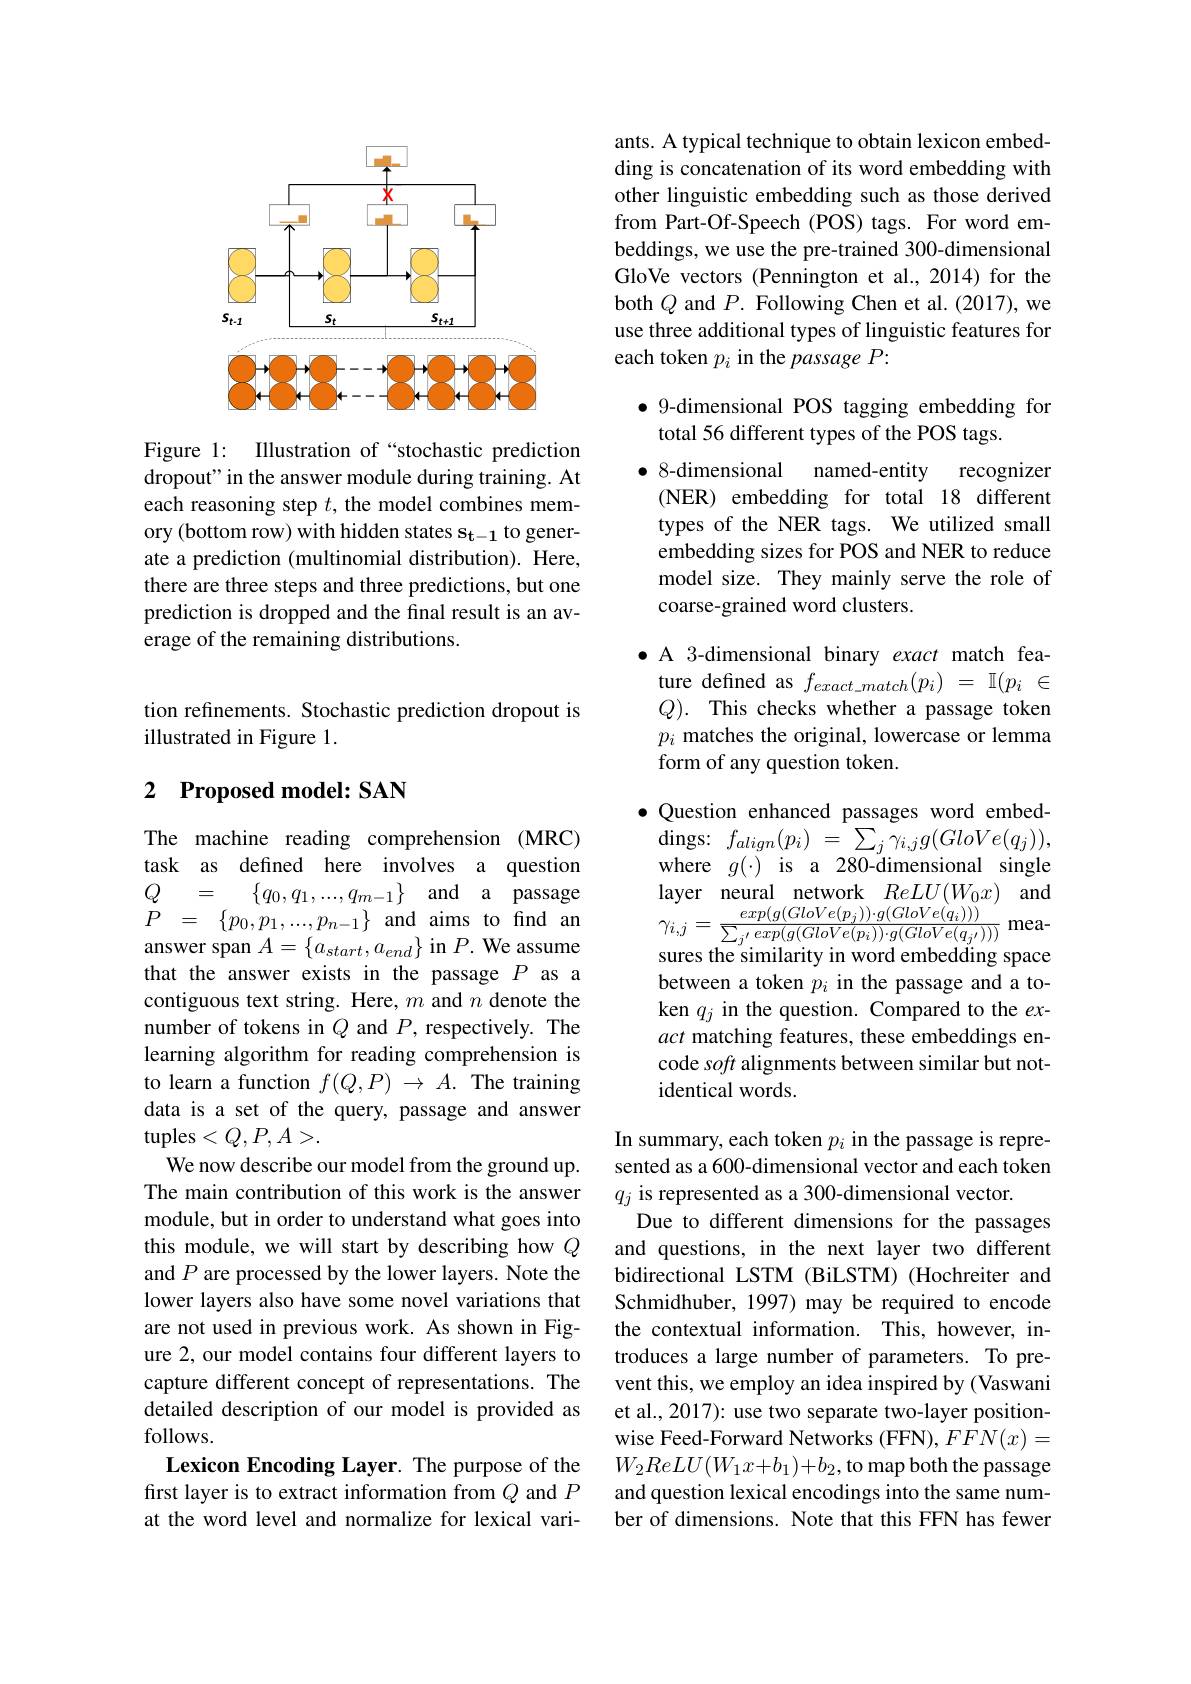
<FigureHere>

Figure 1: Illustration of“stochastic prediction dropout" in the answer module during training. At each reasoning step $t$, the model combines memory (bottom row) with hidden states $\mathbf{s_{t-1}}$ to generate a prediction (multinomial distribution). Here, there are three steps and three predictions, but one prediction is dropped and the final result is an average of the remaining distributions.

tion refinements. Stochastic prediction dropout is
illustrated in Figure 1.

# 2 Proposed model: SAN

The machine reading comprehension (MRC) task as defined here involves a question $Q$ = $\{ q_{0}, q_{1}, . . . , q_{m- 1}\}$ and a passage $\begin{array}{rcl}{\dot{P}}&{=}&{\{p_{0},p_{1},...,p_{n-1}\}}&{\mathrm{and}}&{\mathrm{aims}}&{\mathrm{to}}\\\end{array}$ answer span $A=\{a_{start},a_{end}\}$ in $P.$ We assume that the answer exists in the passage $P$ as a contiguous text string. Here, $m$ and $n$ denote the number of tokens in $Q$ and $P$, respectively. The learning algorithm for reading comprehension is to learn a function $f(Q,P)\to A.$ The training data is a set of the query, passage and answer tuples$< Q, P, A> .$
We now describe our model from the ground up. The main contribution of this work is the answer module, but in order to understand what goes into this module, we will start by describing how $Q$ and $P$ are processed by the lower layers. Note the lower layers also have some novel variations that are not used in previous work. As shown in Figure 2, our model contains four different layers to capture different concept of representations. The detailed description of our model is provided as follows.
Lexicon Encoding Layer. The purpose of the first layer is to extract information from $Q$ and $P$ at the word level and normalize for lexical vari-

ants. A typical technique to obtain lexicon embedding is concatenation of its word embedding with other linguistic embedding such as those derived from Part-Of-Speech (POS) tags. For word embeddings, we use the pre-trained 300-dimensional GloVe vectors (Pennington et al., 2014) for the both $Q$ and $P.$ Following Chen et al.(2017), we use three additional types of linguistic features for each token $p_i$ in the $passageP:$

$\bullet$ 9-dimensional POS tagging embedding for
total 56 different types of the POS tags.
$\bullet$ 8-dimensional
named-entity recognizer
(NER) embedding for total 18 different types of the NER tags. We utilized small embedding sizes for POS and NER to reduce model size. They mainly serve the role of coarse-grained word clusters.

· A 3-dimensional binary exact match fea-
ture defined as $f_{exact\_ match}( p_i)$ = $\mathbb{I} ( p_i$ $\in$ $Q) .$ This checks whether a passage token $p_i$ matches the original, lowercase or lemma form of any question token.

$\bullet$ Question enhanced passages word embed- $\operatorname { \mathrm{dings: }}$ $f_{align}( p_{i})$ = $\sum _{j}\gamma _{i, j}g( GloVe( q_{j}) ) $, where $g(\cdot)$ is a 280-dimensional single layer neural network $ReLU(W_0x)$ and $\gamma_{i,j}=\frac{exp(g(GloVe(p_{j}))\cdot g(GloVe(q_{i})))}{\sum_{j^{\prime}}exp(g(GloVe(p_{i}))\cdot g(GloVe(q_{j^{\prime}})))}$measures the similarity in word embedding space between a token $p_i$ in the passage and a token $q_{j}$ in the question. Compared to the $ex-$ act matching features, these embeddings encode soft alignments between similar but notidentical words.

In summary, each token $p_i$ in the passage is represented as a 600-dimensional vector and each token $q_j$ is represented as a 300-dimensional vector.
Due to different dimensions for the passages and questions, in the next layer two different bidirectional LSTM (BiLSTM) (Hochreiter and Schmidhuber, 1997) may be required to encode the contextual information. This, however, introduces a large number of parameters. To prevent this, we employ an idea inspired by (Vaswani et al., 2017): use two separate two-layer positionwise Feed-Forward Networks (FFN), $FFN(x)=$ $W_2ReLU(W_1x+b_1)+b_2$,to map both the passage and question lexical encodings into the same number of dimensions. Note that this FFN has fewer